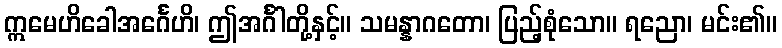
ဣမေဟိခေါအင်္ဂေဟိ၊ ဤအင်္ဂါတို့နှင့်။ သမန္နာဂတော၊ ပြည့်စုံသော။ ရညော၊ မင်း၏။